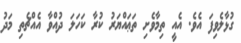
ގުޅާލެވިފަ އެވެ. އެއީ ތިމާވެށި ތަޢައްޔަރު ކުރާ ކަހަލަ ދުއްވާ އެއްޗެތި މަދު